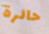
حائرة